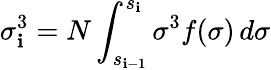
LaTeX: \sigma_{\mathbf{i}}^{3}=N\int_{s_{\mathbf{i}-1}}^{s_{\mathbf{i}}}\sigma^{3}f(\sigma)\, d\sigma